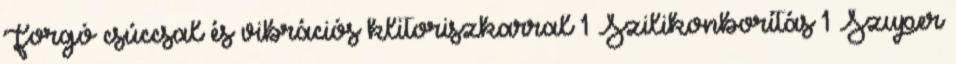
Forgó csúccsal és vibrációs klitoriszkarral 1 Szilikonborítás 1 Szuper